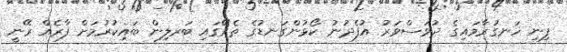
ފިނި ހަނގުރާމައިގެ ދުވަސްވަރު އުފެދުނު ކޯޅުންގަނޑުގެ ތެރޭގައި ބަރލިން ބައިކުރުމަށް ފާރެއް ރޭނީ